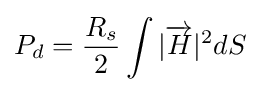
P_{d}={\frac {R_{s}}{2}}\int {|{\overrightarrow {H}}|^{2}dS}